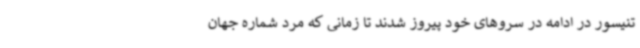
تنیسور در ادامه در سروهای خود پیروز شدند تا زمانی که مرد شماره جهان